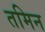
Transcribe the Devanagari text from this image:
तमिन